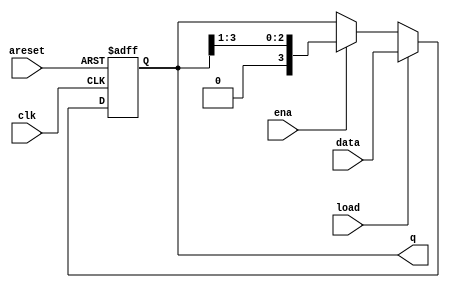
module top_module(
    input clk,
    input areset,  // async active-high reset to zero
    input load,
    input ena,
    input [3:0] data,
    output [3:0] q); 
    
    // Define Shift Register
    reg [3:0] shift_reg;
    
    always @(posedge clk or posedge areset)
        begin
            if(areset)
                shift_reg <= 4'b0;
            else if(load)
                shift_reg <= data;
            else if(ena)
                shift_reg <= shift_reg >> 1;
            else
                shift_reg <= shift_reg;
        end
    
    assign q = shift_reg;
endmodule